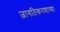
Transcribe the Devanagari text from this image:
जागतिकरणाच्या